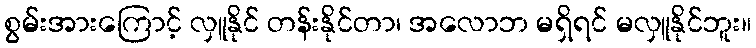
စွမ်းအားကြောင့် လှူနိုင် တန်းနိုင်တာ၊ အလောဘ မရှိရင် မလှူနိုင်ဘူး။